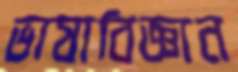
ভাষাবিজ্ঞান